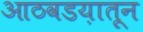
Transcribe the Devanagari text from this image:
आठवडय़ातून